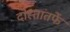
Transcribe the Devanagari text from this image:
दोस्तांतर्फे